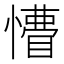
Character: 𢢺